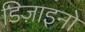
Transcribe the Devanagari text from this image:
डिज़ाइनो